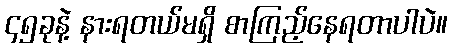
၄၅ခုနဲ့ နားရတယ်မရှိ စာကြည့်နေရတာပါပဲ။